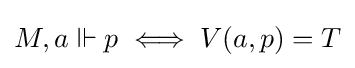
M,a\Vdash p\iff V(a,p)=T